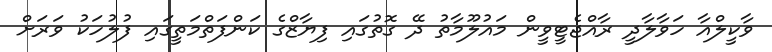
ވާކީލްއާ ހަވާލާދީ ރާއްޖެޓީވީން މައުލޫމާތު ދޭ ގޮތުގައި ފިޔާޒްގެ ކަންފަތްމަތީގައި ފުލުހަކު ވަރަށް